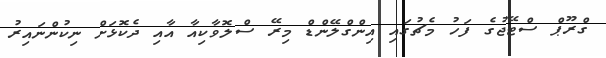
ގްރޫޕް ސްޓޭޖުގެ ފަހު މެޗުގައި އިންގްލޭންޑް މިރޭ ސްލޮވާކިއާ އާއި ދެކޮޅަށް ނިކުންނައިރު